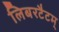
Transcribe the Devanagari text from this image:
लिबरटैटम्